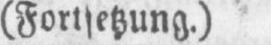
(Fortsetzung.)